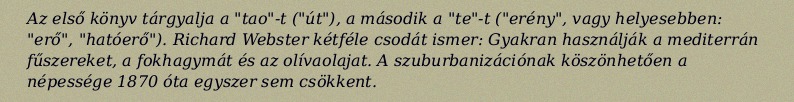
Az első könyv tárgyalja a "tao"-t ("út"), a második a "te"-t ("erény", vagy helyesebben: "erő", "hatóerő"). Richard Webster kétféle csodát ismer: Gyakran használják a mediterrán fűszereket, a fokhagymát és az olívaolajat. A szuburbanizációnak köszönhetően a népessége 1870 óta egyszer sem csökkent.